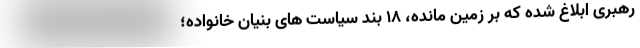
رهبری ابلاغ شده که بر زمین مانده، ۱۸ بند سیاست های بنیان خانواده؛